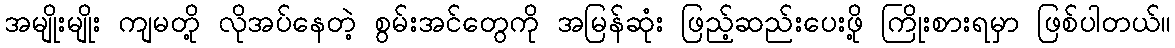
အမျိုးမျိုး ကျမတို့ လိုအပ်နေတဲ့ စွမ်းအင်တွေကို အမြန်ဆုံး ဖြည့်ဆည်းပေးဖို့ ကြိုးစားရမှာ ဖြစ်ပါတယ်။